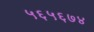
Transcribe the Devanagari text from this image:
५६५६७४